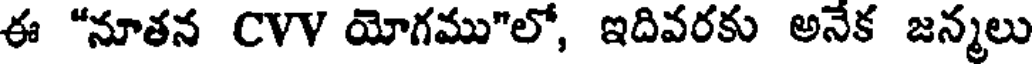
ఈ "నూతన CVV యోగము"లో, ఇదివరకు అనేక జన్మలు